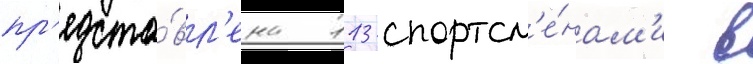
пр'едста́вл'ена 113 спортсм'е́нам'и в